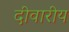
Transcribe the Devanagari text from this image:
दीवारीय